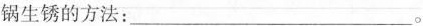
锅生锈的方法：___。